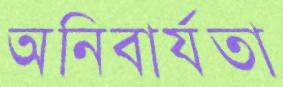
অনিবার্যতা